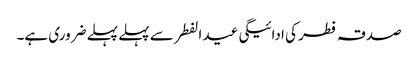
صدقہ فطر کی ادائیگی عید الفطر سے پہلے پہلے ضروری ہے۔